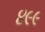
૪૯૯